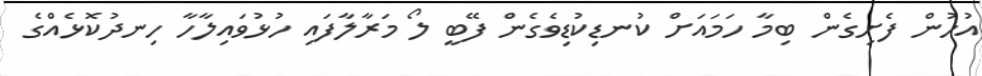
އުހުން ފެށިގެން ބިމާ ހަމައަށް ކުނޑިކުޑިވެގެން ފޭބީ ލޯ މަރާލާފައި ހުޅުވައިލާހާ ހިނދުކޮޅެއްގެ